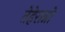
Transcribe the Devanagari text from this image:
तेहेरान्नो